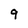
Character: 9